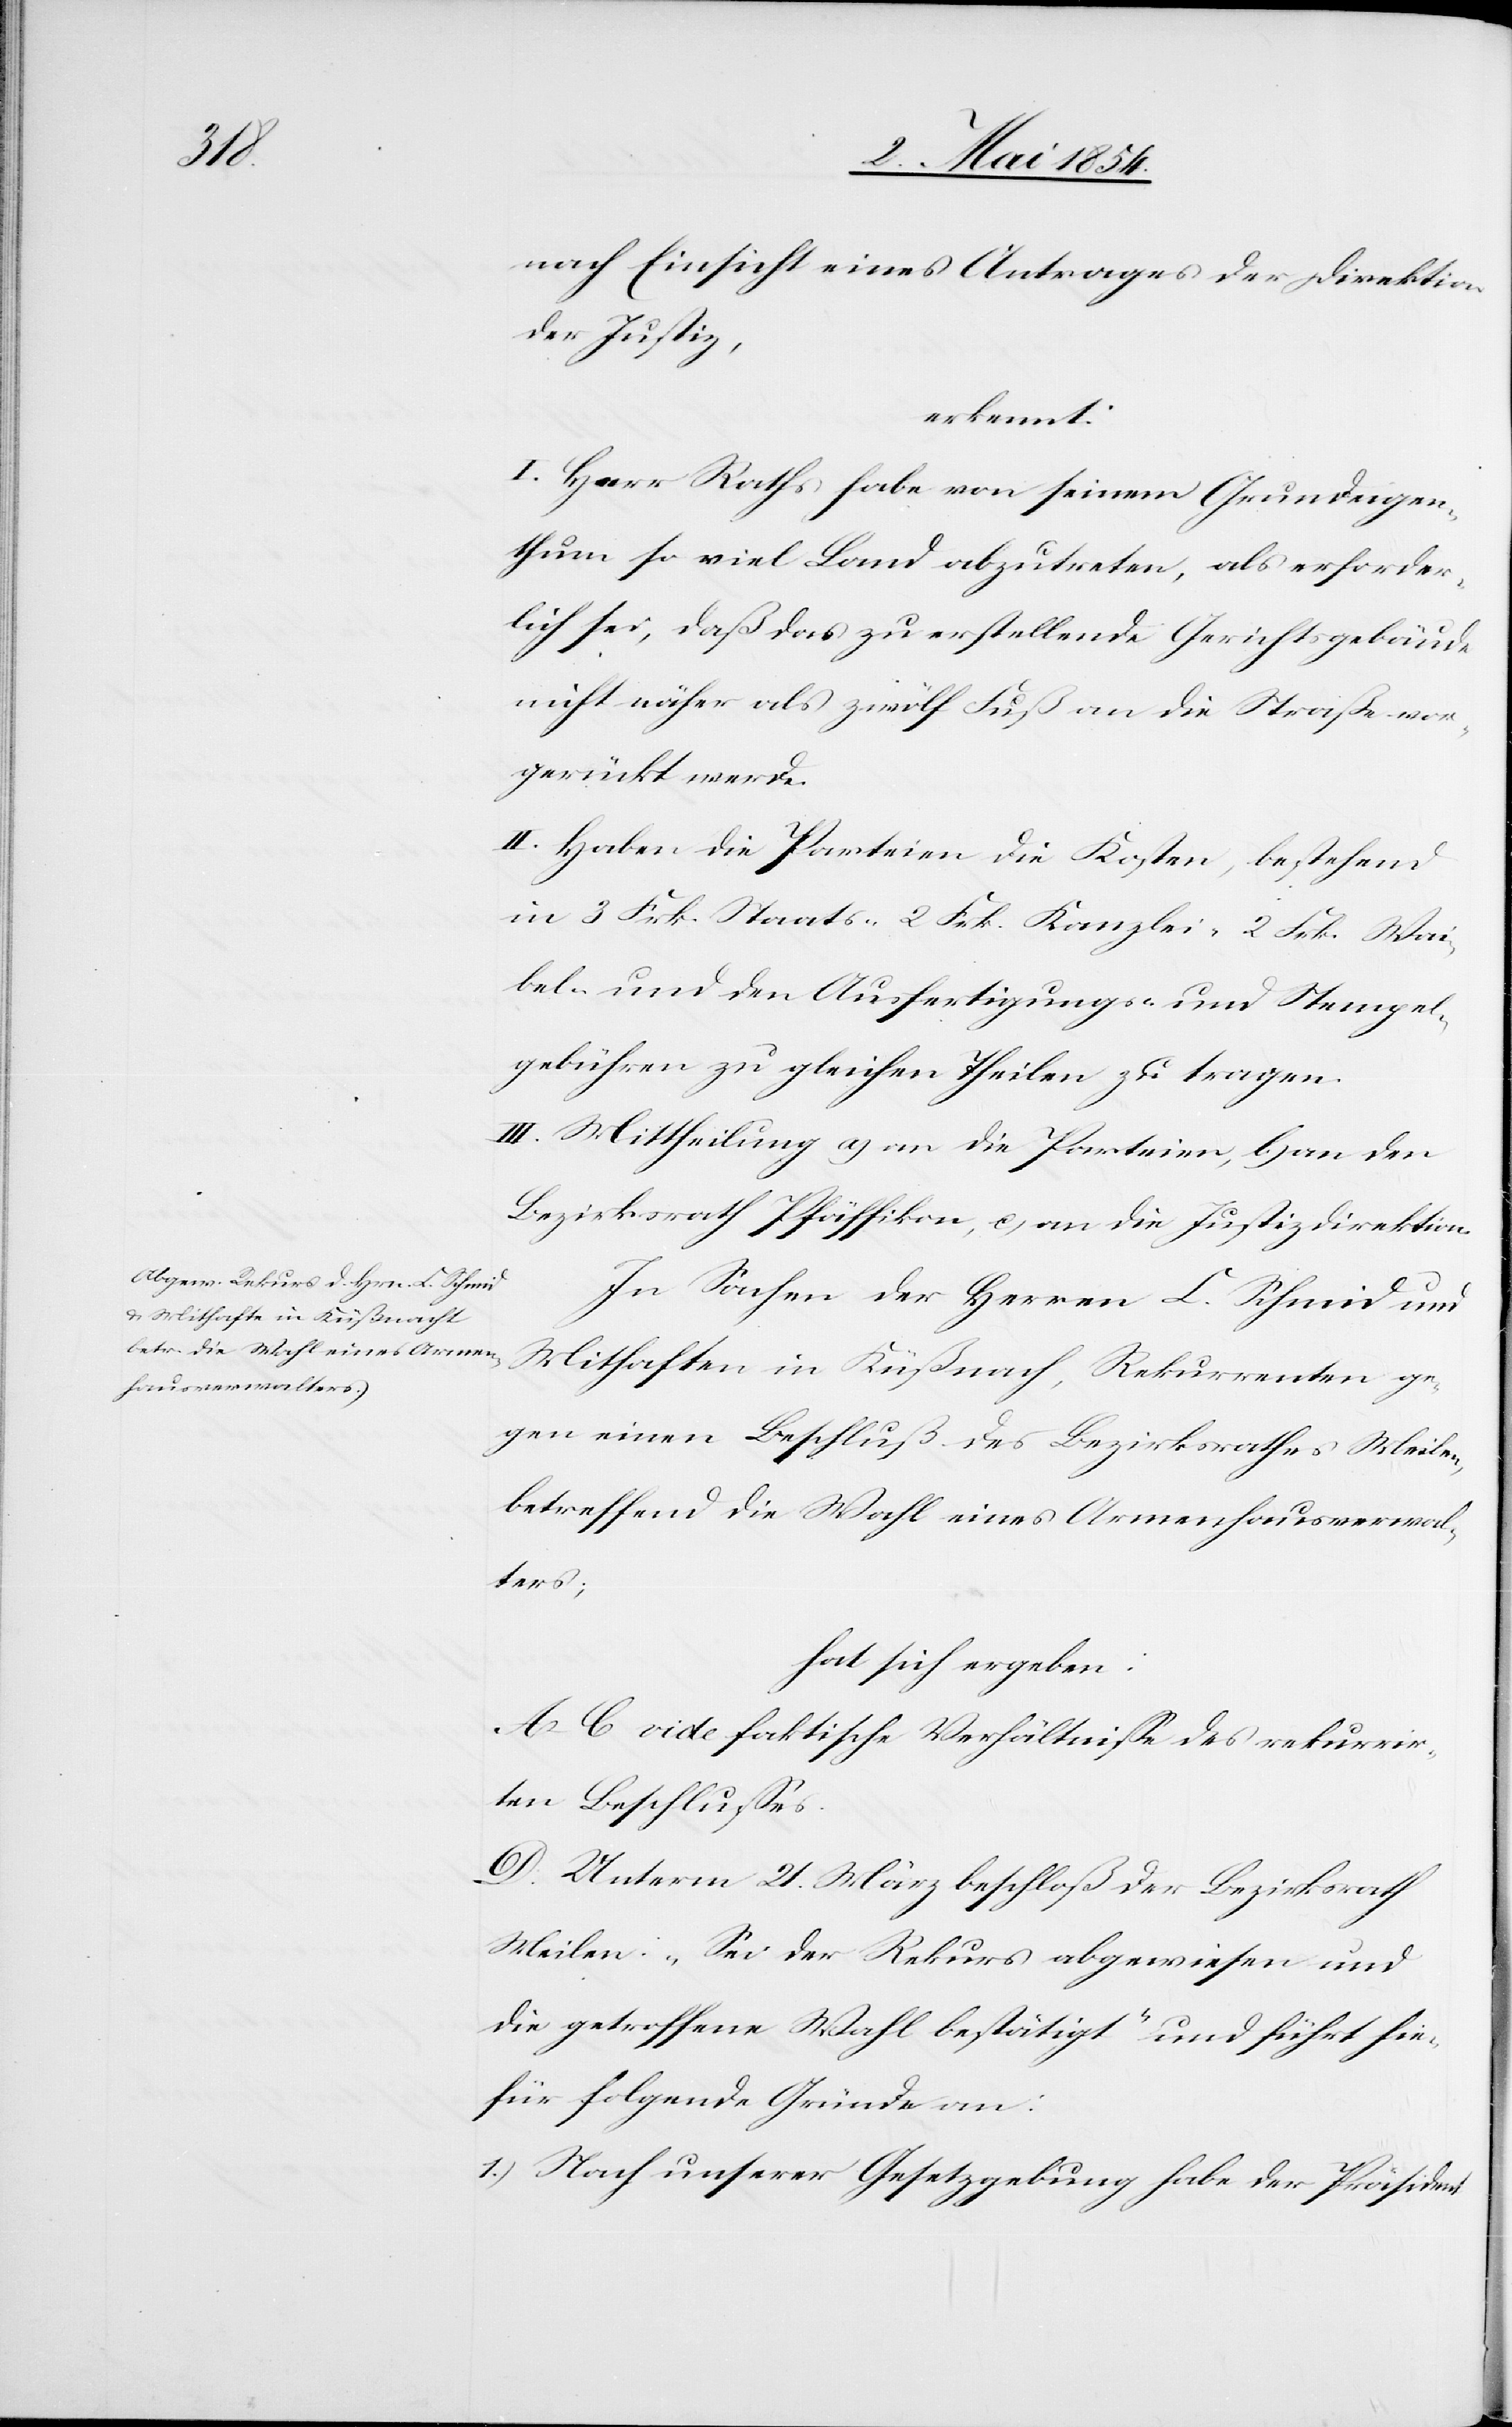
nach Einsicht eines Antrages der Direktion
der Justiz,
erkennt:
I. Herr Raths habe von seinem Grundeigen¬
thum so viel Land abzutreten, als erforder¬
lich sei, daß das zu erstellende Gerichtsgebäude
nicht näher als 12 Fuß an die Straße vor¬
gerückt werde.
II. Haben die Parteien die Kosten, bestehend
in 3 Frk. Staats-[,] 2 Frk. Kanzlei-[,] 2 Frk. Wai¬
bel- und den Ausfertigungs- und Stempel¬
gebühren zu gleichen Theilen zu tragen.
III. Mittheilung a) an die Parteien, b) an den
Bezirksrath Pfäffikon, c) an die Justizdirektion.
In Sachen der Herren C. Schmid und
Mithaften in Küßnach[t], Rekurrenten ge¬
gen einen Beschluß des Bezirksrathes Meilen,
betreffend die Wahl eines Armenhausverwal¬
ters;
hat sich ergeben:
A.–C. vide faktische Verhältniße des rekurrir¬
ten Beschlußes.
D. Unterm 21. März beschloß der Bezirksrath
Meilen: „Sei der Rekurs abgewiesen und
die getroffene Wahl bestätigt“ und führt hie¬
für folgende Gründe an:
1.) Nach unterer Gesetzgebung habe der Präsident